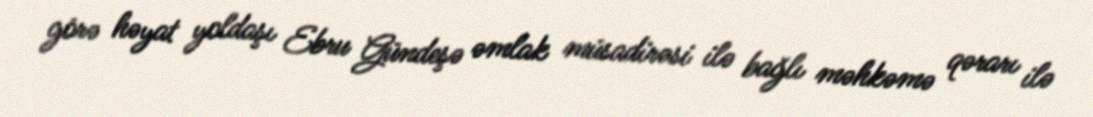
görə həyat yoldaşı Ebru Gündeşə əmlak müsadirəsi ilə bağlı məhkəmə qərarı ilə